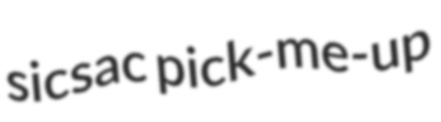
sicsac pick-me-up